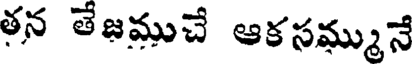
తన తేజముచే ఆకసమ్మునే